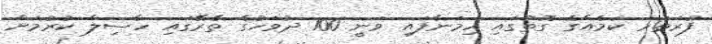
ފުރަތަމަ ކަމެއްގެ ގޮތުގައި ހިމަނާފައި ވަނީ 100 ދުވަހުގެ ތެރޭގައި ހާސިލް ކުރުމަށް